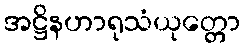
အဋ္ဌိနဟာရုသံယုတ္တော